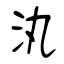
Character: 汍